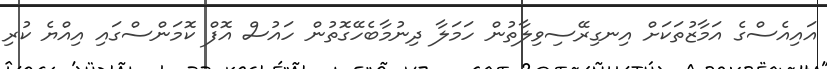
އައިއެސްގެ އަމާޒުތަކަށް އިނގިރޭސިވިލާތުން ހަމަލާ ދިނުމާބެހޭގޮތުން ހައުސް އޮފް ކޮމަންސްގައި އިއްޔެ ކުރި